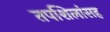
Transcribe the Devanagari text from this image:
तपशिलांसह